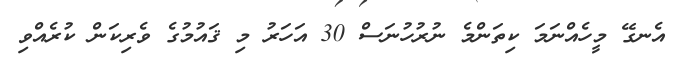
އެނގޭ މީހެއްނަމަ ކިތަންމެ ނުރުހުނަސް 30 އަހަރު މި ޤައުމުގެ ވެރިކަން ކުރެއްވި